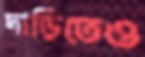
দাড়িতেও